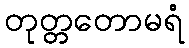
တုတ္တတောမရံ